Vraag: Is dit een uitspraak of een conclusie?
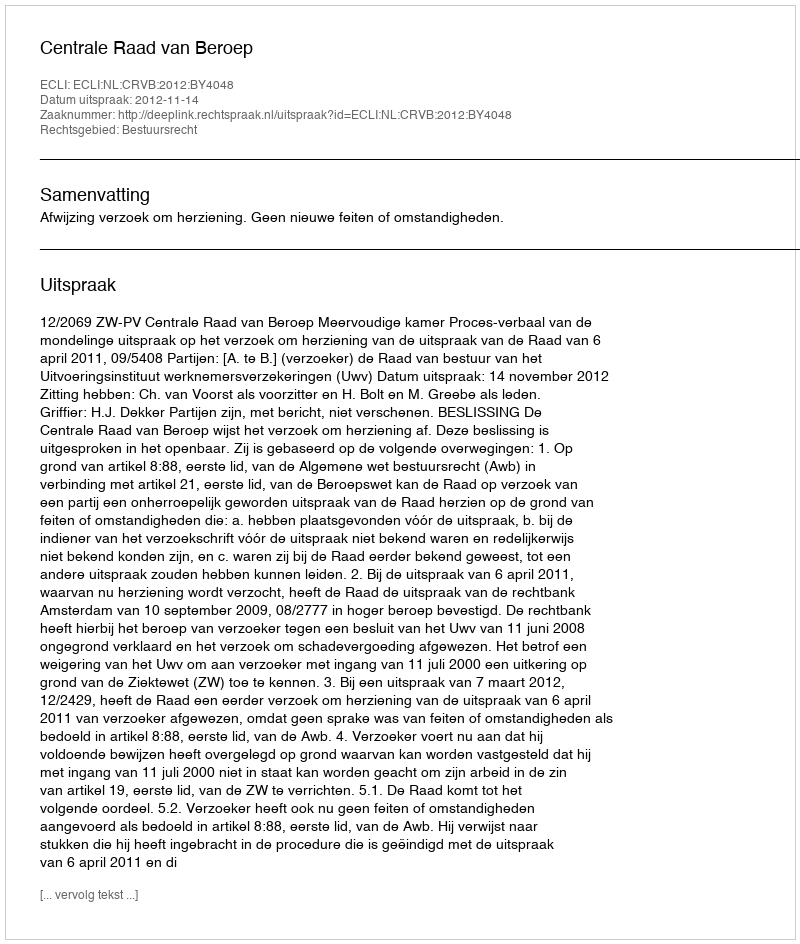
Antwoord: Uitspraak